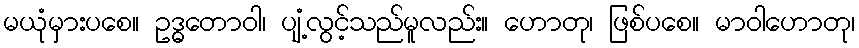
မယုံမှားပစေ။ ဥဒ္ဓတောဝါ၊ ပျံ့လွင့်သည်မူလည်း။ ဟောတု၊ ဖြစ်ပစေ။ မာဝါဟောတု၊